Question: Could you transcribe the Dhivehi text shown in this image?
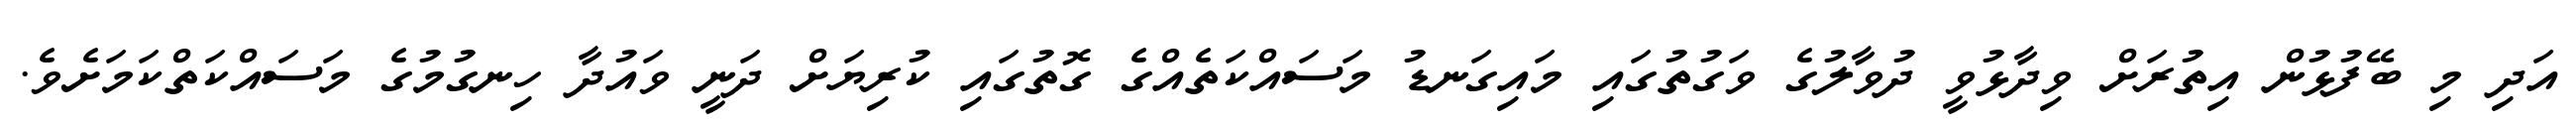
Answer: އަދި މި ބޭފުޅުން އިތުރަށް ވިދާޅުވީ ދުވާލުގެ ވަގުތުގައި މައިގަނޑު މަސައްކަތެއްގެ ގޮތުގައި ކުރިޔަށް ދަނީ ވައުދާ ހިނގުމުގެ މަސައްކަތްކަމަށެވެ.